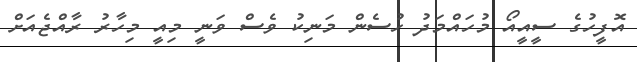
އޮފީހުގެ ސީއީއޯ މުހައްމަދު ހުސެން މަނިކު ވެސް ވަނީ މިއީ މިހާރު ރާއްޖެއަށް